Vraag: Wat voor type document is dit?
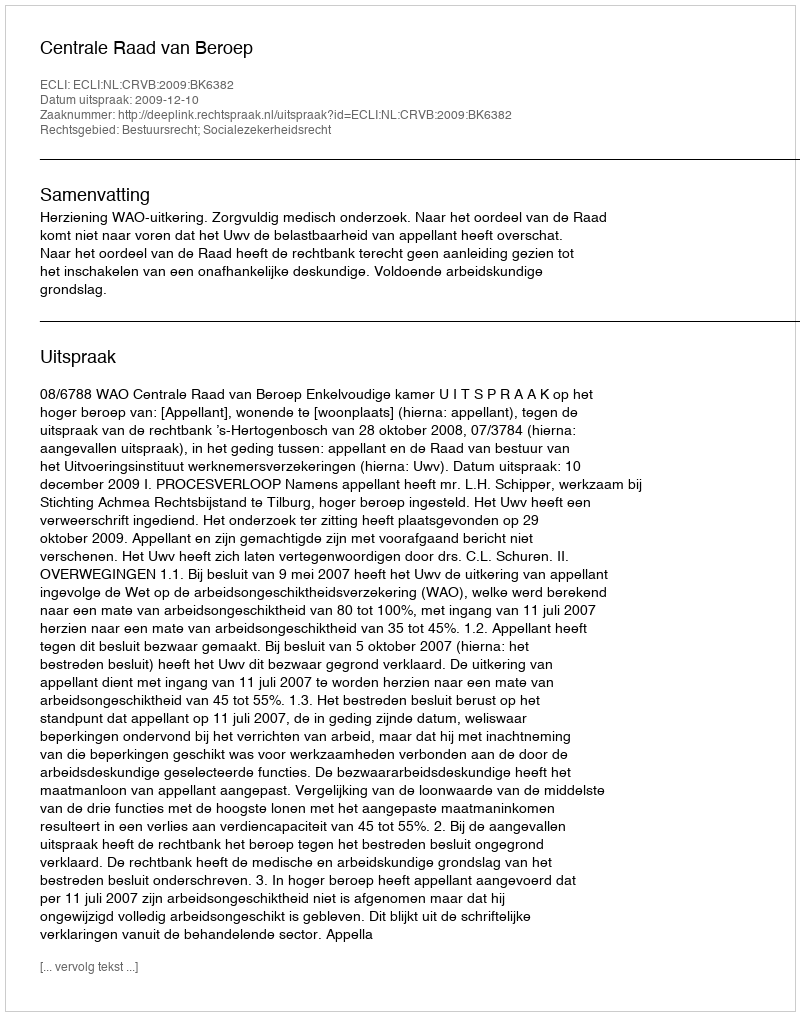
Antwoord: Uitspraak